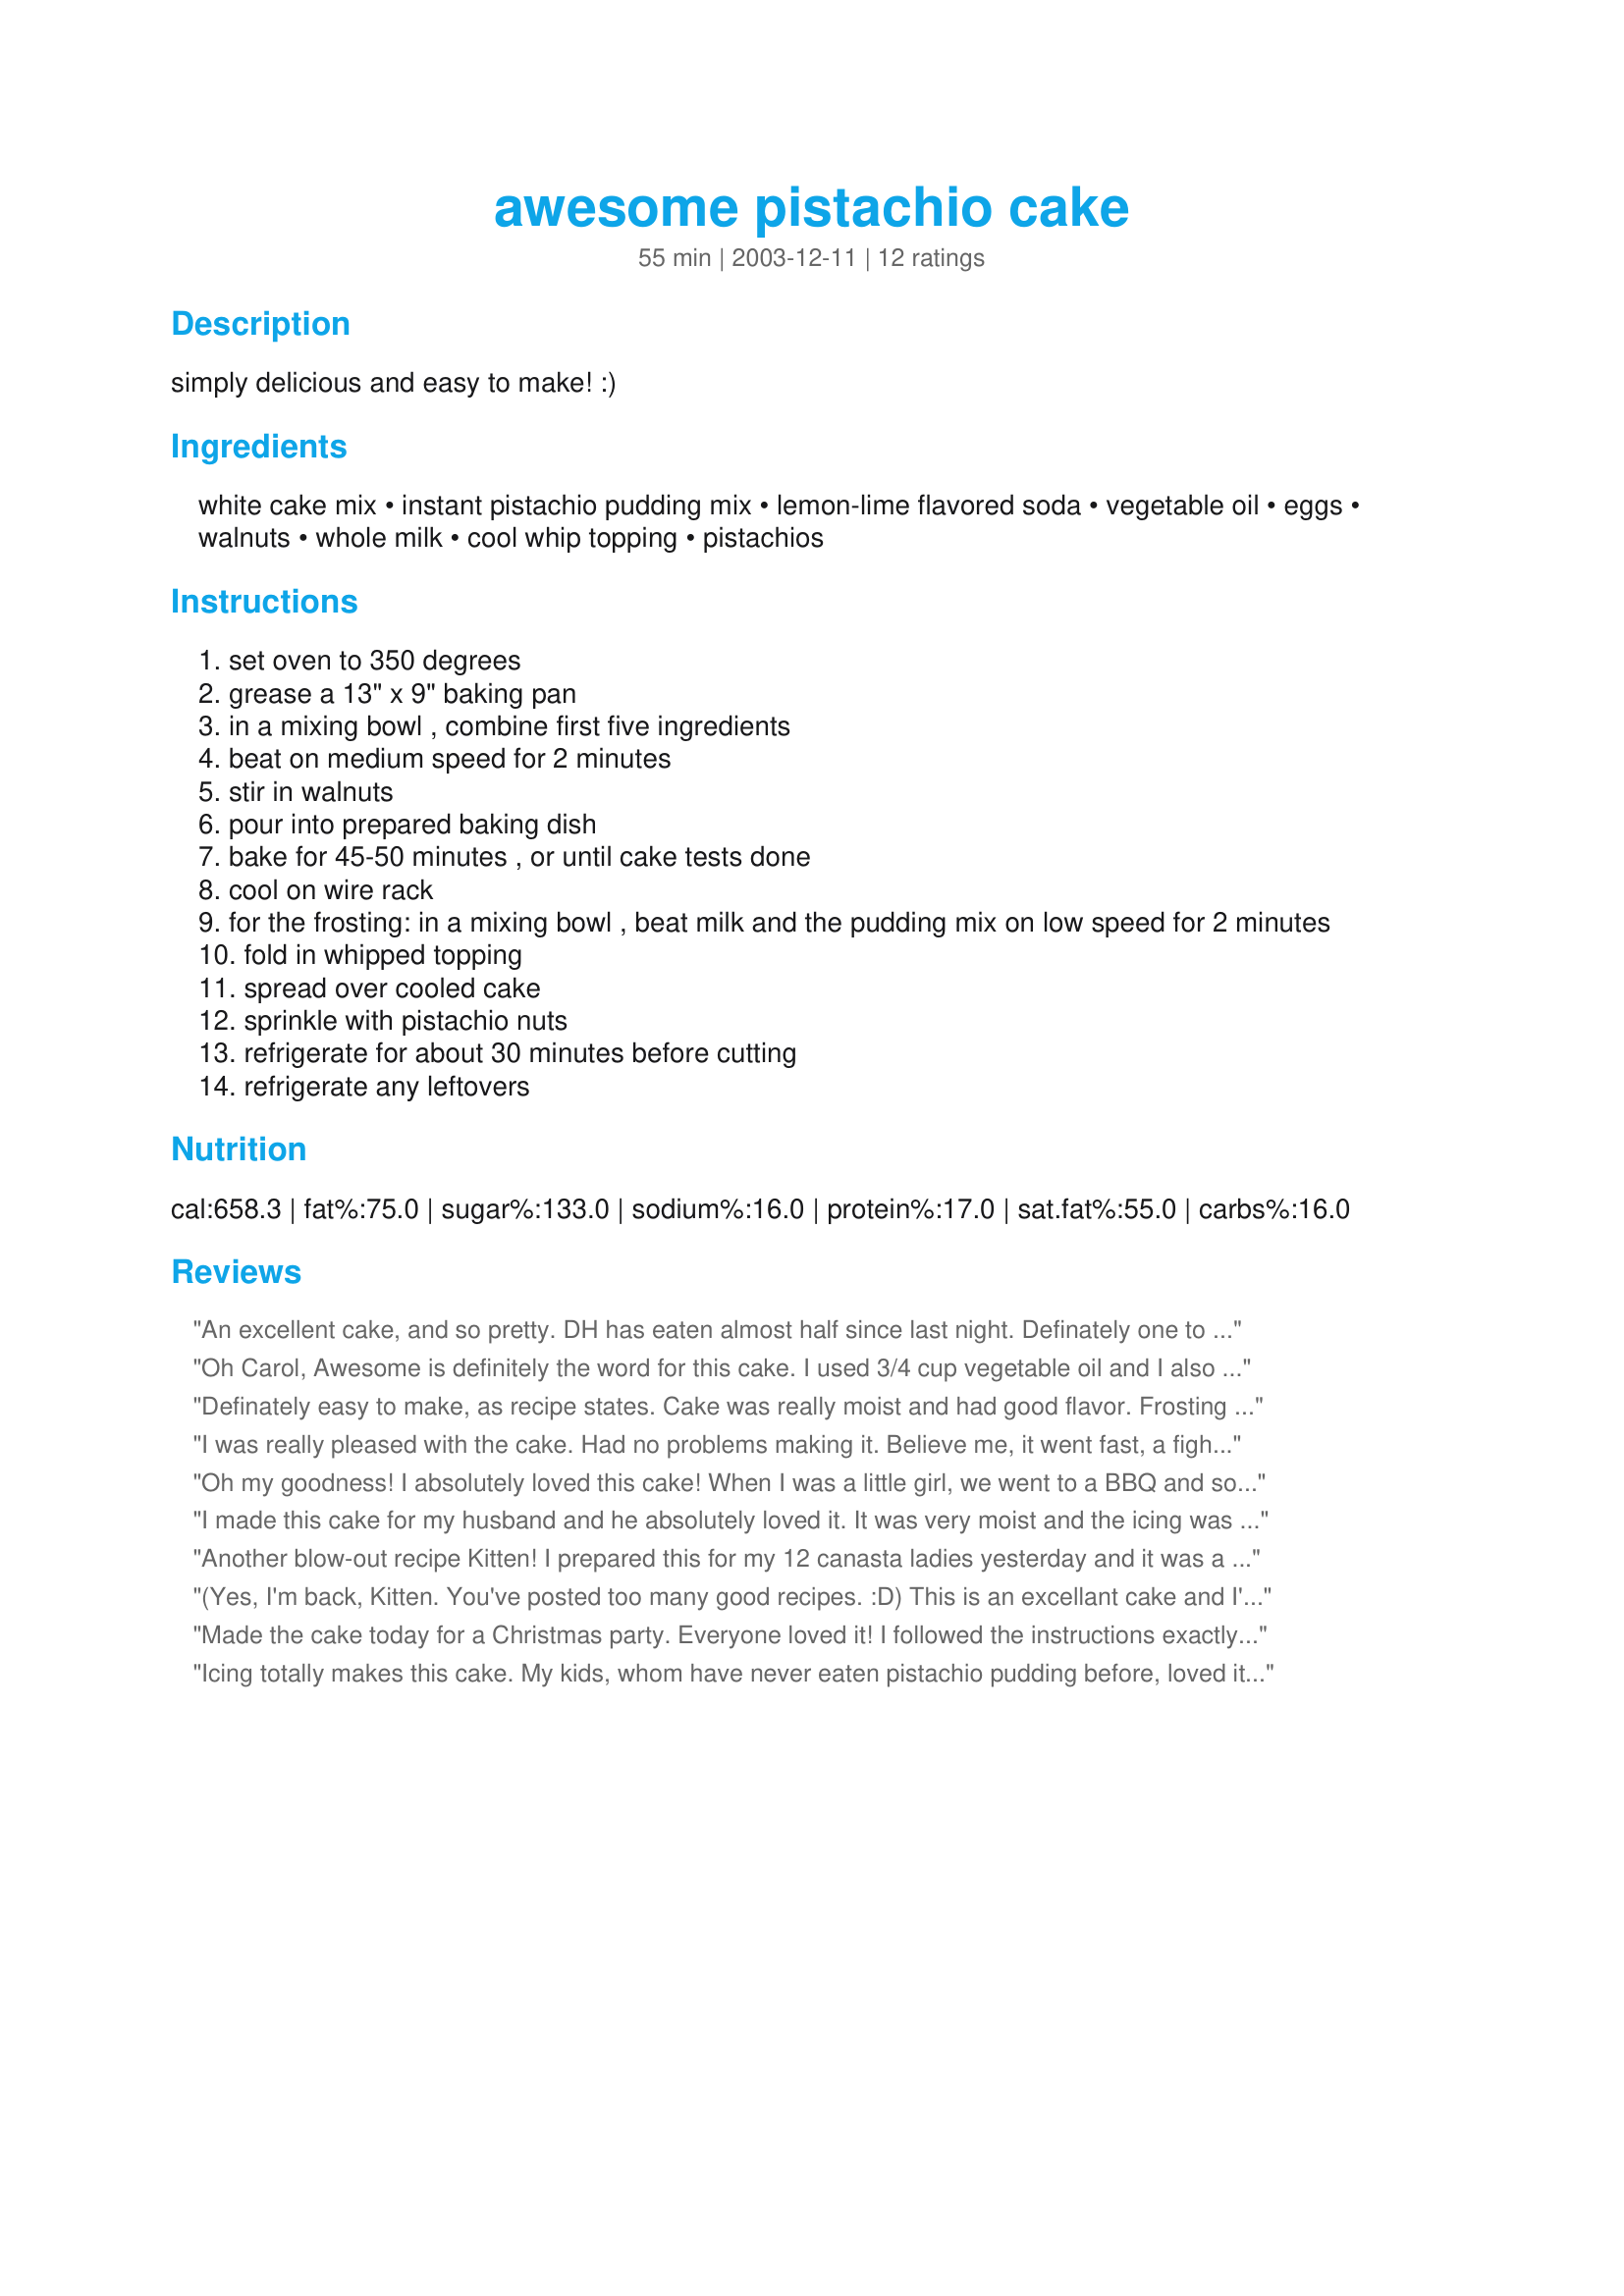
awesome pistachio cake
Preparation time: 55 minutes

simply delicious and easy to make! :)

Ingredients:
white cake mix, instant pistachio pudding mix, lemon-lime flavored soda, vegetable oil, eggs, walnuts, whole milk, cool whip topping, pistachios

Steps:
set oven to 350 degrees
grease a 13" x 9" baking pan
in a mixing bowl , combine first five ingredients
beat on medium speed for 2 minutes
stir in walnuts
pour into prepared baking dish
bake for 45-50 minutes , or until cake tests done
cool on wire rack
for the frosting: in a mixing bowl , beat milk and the pudding mix on low speed for 2 minutes
fold in whipped topping
spread over cooled cake
sprinkle with pistachio nuts
refrigerate for about 30 minutes before cutting
refrigerate any leftovers

Reviews:
An excellent cake, and so pretty. DH has eaten almost half since last night. Definately one to do again and again. I'll make another next week for company and garnish it with some new, tiny, flavorful, glossy strawberrries.
Oh Carol, Awesome is definitely the word for this cake. I used 3/4 cup vegetable oil and I also sprinkled walnuts on the top instead of pistachios. My whole family loved it. But I knew they would; your recipes have never failed me. Thanks for posting this great recipe.
Definately easy to make, as recipe states. Cake was really moist and had good flavor. Frosting was not overly sweet. Great for pistachio fans. Will make again.
I was really pleased with the cake. Had no problems making it. Believe me, it went fast, a fight for the last piece.
Oh my goodness! I absolutely loved this cake! When I was a little girl, we went to a BBQ and someone had brought this. I doubt anyone else managed to get a piece of this cake. I love the dense texture. I have been looking for probably 30 years for this exact taste/texture to live up to my memory. I am so glad you shared this recipe, and I am even happier I stumbled across it! Thank you for sharing!
I made this cake for my husband and he absolutely loved it. It was very moist and the icing was great.
Another blow-out recipe Kitten! I prepared this for my 12 canasta ladies yesterday and it was a total success. They all now have the recipe. I've made Pistachio cake before but not your version. The addition of the lemon-time flavored soda was different, the amount of oil and the inclusion of chopped walnuts--all great changes. I allowed the cake to refrigerate for 3 hours before frosting, put it back into the frig till cutting. It's really very attractive made in a bundt pan. Thenka for posting--this will be the ONLY pistachio cake I make in the future!!
(Yes, I'm back, Kitten. You've posted too many good recipes. :D) This is an excellant cake and I'm not just saying that because I love pistachios. :D I made this for my sons birthday and all the kids loved it. I did make one small change. I didn't have any pop on hand since my family rarely drinks it so I substited pineapple juice. And instead of the frosting listed, I made a plain buttercream frosting flavored with a yellow tropical koolaid. Very tasty.
Made the cake today for a Christmas party. Everyone loved it! I followed the instructions exactly, including the whole cup of vegetable oil; it was delicious! I had to skip the toasted pistachios (burned them while toasting) and instead lightly sprinkled the frosting with red sugar and made a design in the center with halved pistachios. The best thing about this cake, aside from the flavor, is how easy it was to make.
Icing totally makes this cake. My kids, whom have never eaten pistachio pudding before, loved it! I think I baked longer than necessary, but I run into that all the time with my oven. It still tasted really good. This was really good and as others have said; very easy. We will def be making this Again.
Well, I was a bit freaked out with the 1 cup of oil, since the cake mix box only called for 2 tablespoons. I did not have vegetable oil, so I substituted canola oil and decided to go with the recipe as written (1 cup). I think next time Iâ€™ll go with the suggestion on the cake mix box, as the cake was pretty dense. May be my fault for substituting oils or my brand of cake mix? The frosting was fabulous, yummm.
Update 2009 St. Patrick's Day: I made a double batch of this pistachio cake. This time I used the AWESOME frosting you posted. Everyone at work absolutely raved about the frosting. Simply delicious!

I made this cake into 24 cupcakes for St. Patrick's day and decorated the cupcakes with light green cream cheese frosting and pistachio nuts. I would have liked to make the stated recipe frosting, but I needed a more stable frosting because the cupcakes were not going to be refrigerated some of the time. The cake was easy to make and VERY MOIST! Excellent recipe and I can't wait to make it with the original frosting. Thank you for another great recipe!
